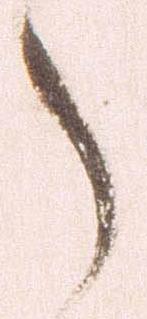
之